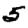
Digit: 5